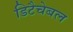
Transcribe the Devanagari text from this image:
डिटैचेबल